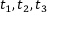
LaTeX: t _ { 1 } , t _ { 2 } , t _ { 3 }